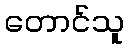
တောင်သူ